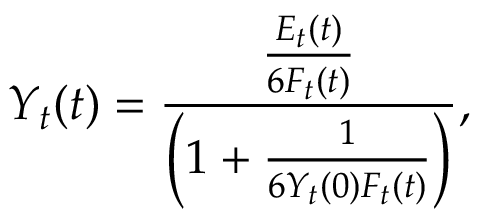
Y _ { t } ( t ) = \frac { \frac { E _ { t } ( t ) } { 6 F _ { t } ( t ) } } { \left( 1 + \frac { 1 } { 6 Y _ { t } ( 0 ) F _ { t } ( t ) } \right) } ,